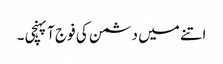
اتنے میں دشمن کی فوج آپہنچی ۔